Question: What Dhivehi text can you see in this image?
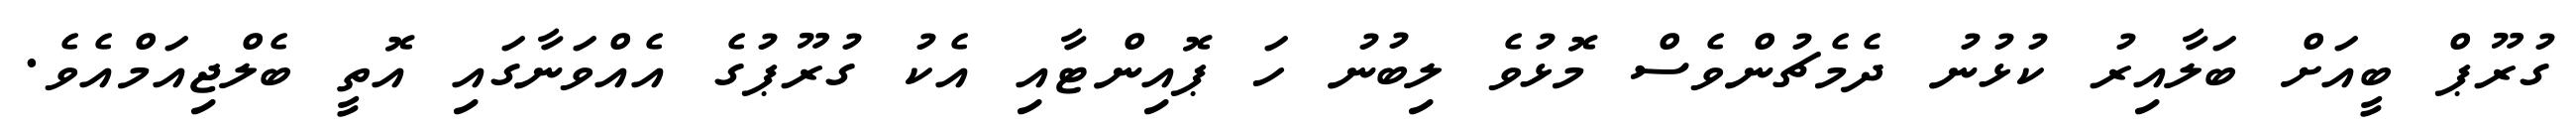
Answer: ގުރޫޕް ބީއަށް ބަލާއިރު ކުޅުނު ދެމެޗުންވެސް މޮޅުވެ ލިބުނު ހަ ޕޮއިންޓާއި އެކު ގުރޫޕުގެ އެއްވަނާގައި އޮތީ ބެލްޖިއަމްއެވެ.